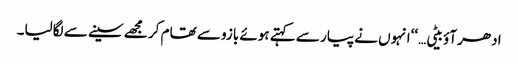
ادھر آؤ بیٹی…‘‘انہوں نے پیار سے کہتے ہوئے بازو سے تھام کر مجھے سینے سے لگالیا۔